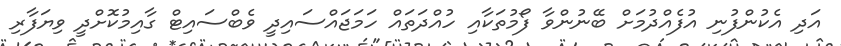
އަދި އެކުންފުނި އުފެއްދުމަށް ބޭނުންވާ ފޯމުތަކާއި ހުއްދަތައް ހަމަޖައްސައިދީ ވެބްސައިޓް ގާއިމުކޮށްދީ ވިޔަފާރި